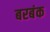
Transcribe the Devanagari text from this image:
बरबंक